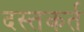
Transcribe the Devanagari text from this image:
दस्तकर्त